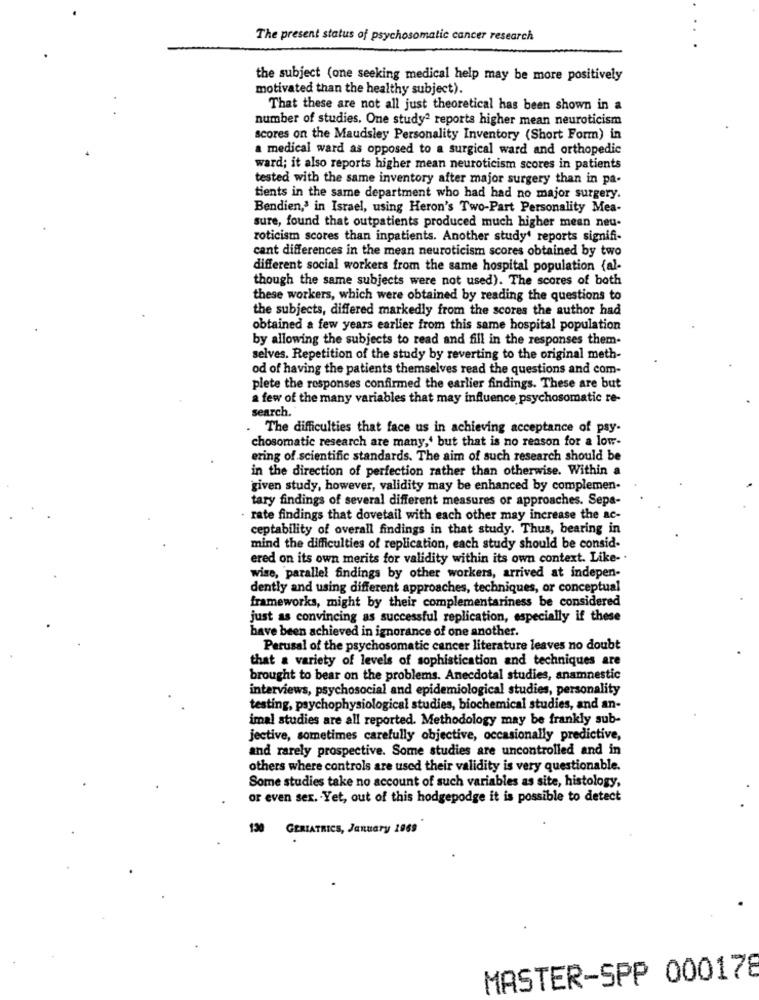
The present status of psychosomatic cancer research
the subject (one seeking medical help may be more positively
motivated than the healthy subject).
That these are not all just theoretical has been shown in a
number of studies. One studyª reports higher mean neuroticism
scores on the Maudsley Personality Inventory (Short Form) in
a medical ward as opposed to a surgical ward and orthopedic
ward; it also reports higher mean neuroticism scores in patients
tested with the same inventory after major surgery than in pa-
tients in the same department who had had no major surgery.
Bendien,' in Israel, using Heron's Two-Part Personality Mea-
sure, found that outpatients produced much higher mean neu-
roticism scores than inpatients. Another study' reports signifi-
cant differences in the mean neuroticism scores obtained by two
different social workers from the same hospital population (al-
though the same subjects were not used). The scores of both
these workers, which were obtained by reading the questions to
the subjects, differed markedly from the scores the author had
obtained a few years earlier from this same hospital population
by allowing the subjects to read and fill in the responses them-
selves. Repetition of the study by reverting to the original meth-
od of having the patients themselves read the questions and com-
plete the responses confirmed the earlier findings. These are but
a few of the many variables that may influence psychosomatic re-
search.
The difficulties that face us in achieving acceptance of psy-
chosomatic research are many,' but that is no reason for a low-
ering of scientific standards. The aim of such research should be
in the direction of perfection rather than otherwise. Within a
given study, however, validity may be enhanced by complemen-
tary findings of several different measures or approaches. Sepa-
- rate findings that dovetail with each other may increase the ac-
ceptability of overall findings in that study. Thus, bearing in
mind the difficulties of replication, each study should be consid-
ered on its own merits for validity within its own context. Like- .
wise, parallel findings by other workers, arrived at indepen-
dently and using different approaches, techniques, or conceptual
frameworks, might by their complementariness be considered
just as convincing as successful replication, especially if these
have been achieved in ignorance of one another.
Perusal of the psychosomatic cancer literature leaves no doubt
that a variety of levels of sophistication and techniques are
brought to bear on the problems. Anecdotal studies, anamnestic
interviews, psychosocial and epidemiological studies, personality
testing, psychophysiological studies, biochemical studies, and an-
imal studies are all reported. Methodology may be frankly sub-
jective, sometimes carefully objective, occasionally predictive,
and rarely prospective. Some studies are uncontrolled and in
others where controls are used their validity is very questionable.
Some studies take no account of such variables as site, histology,
or even sex. Yet, out of this hodgepodge it is possible to detect
130 GERIATRICS, January 2869
MASTER-SPP 000178